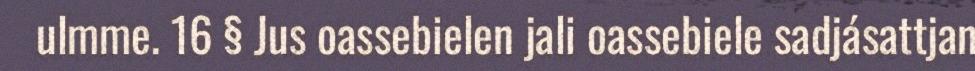
ulmme. 16 § Jus oassebielen jali oassebiele sadjásattjan